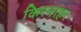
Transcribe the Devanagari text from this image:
किरनाहर